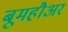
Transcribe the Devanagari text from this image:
बूमहौअर